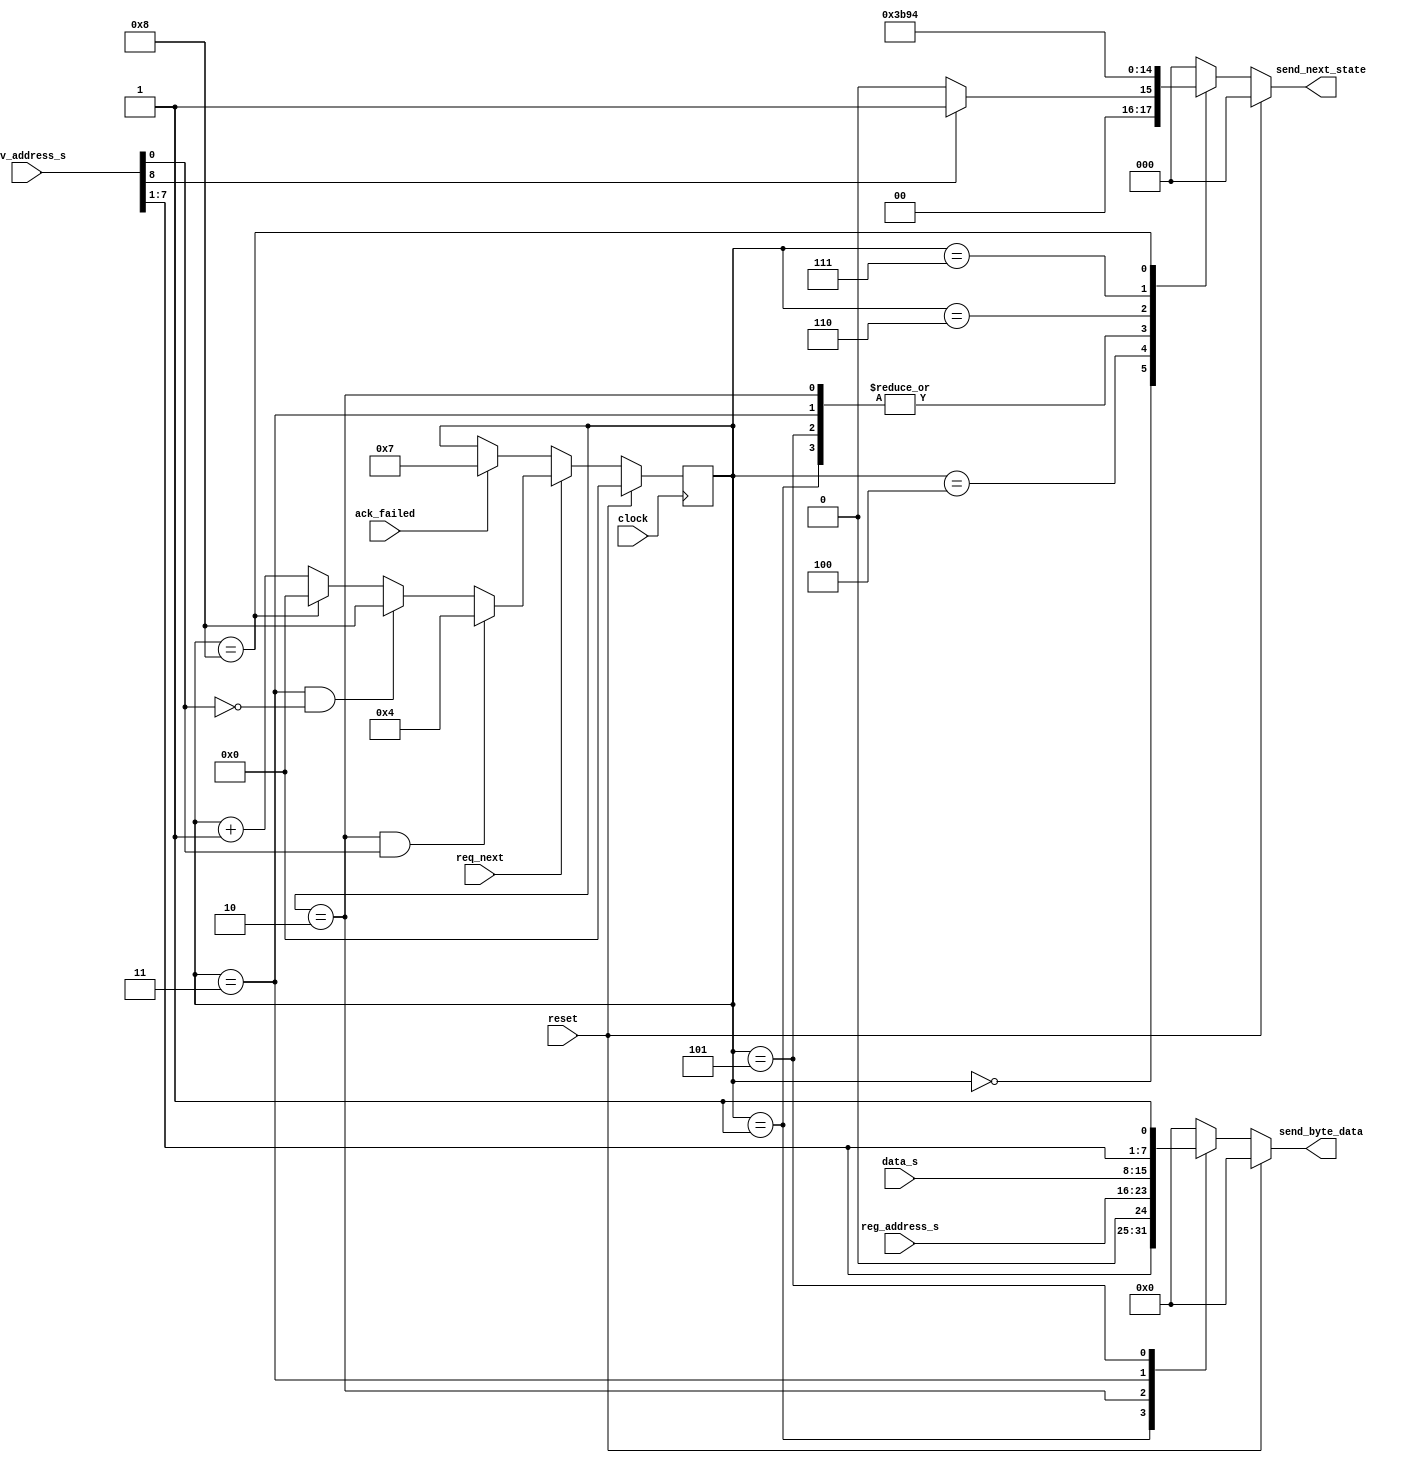
`timescale 1ns / 1ps
//////////////////////////////////////////////////////////////////////////////////
// Company: 
// Engineer: 
// 
// Design Name: 
// Module Name:    I2C_state_controller 
// Project Name: 
// Target Devices: 
// Tool versions: 
// Description: 
//
// Dependencies: 
//
// Revision: 
// Revision 0.01 - File Created
// Additional Comments: 
//
//////////////////////////////////////////////////////////////////////////////////
module I2C_state_controller(
	input				clock,
	input				reset,
	input 				req_next,
	input				ack_failed,
	input [8:0]			dev_address_s,
	input [7:0] 		reg_address_s,
	input [7:0] 		data_s,
	
	output reg [2:0]	send_next_state,
	output reg [7:0]	send_byte_data);
	 
	parameter get_state		= 3'd0;
	parameter start	 		= 3'd1;
	parameter send_one	 	= 3'd2;
	parameter repeat_start	= 3'd3;
	parameter stop	 		= 3'd4;
	parameter send_byte		= 3'd5;
	parameter receive_byte	= 3'd6;

	reg [3:0] state_list;
	
	always@ (reset, state_list, dev_address_s[8], reg_address_s, data_s)
	begin
		if (reset)
			begin
				send_byte_data = 0;
				send_next_state = 0;
			end
			
		else
			case (state_list)
				0 	: if (dev_address_s[8])  												// stay in get state until start signal is sent
						begin send_next_state = start;		send_byte_data = 0; 							end
					else
						begin send_next_state = get_state;	send_byte_data = 0;							end
			
				1 	: begin send_next_state = send_byte; 		send_byte_data = {dev_address_s[7:1], 1'b0}; 	end // send device_address + write bit 0
				
				2 	: begin send_next_state = send_byte; 		send_byte_data = reg_address_s[7:0]; 			end	// send register address 
				
				3 	: begin send_next_state = send_byte;		send_byte_data = data_s[7:0]; 					end	// send data byte
			
				4 	: begin send_next_state = repeat_start;  	send_byte_data = 0;								end	// send repeat start (for read)
			
				5 	: begin send_next_state = send_byte; 		send_byte_data = {dev_address_s[7:1], 1'b1}; 	end // send device_address + read bit 1
					
				6	: begin send_next_state = receive_byte;		send_byte_data = 0;								end	// read byte
			
				7 	: begin send_next_state = send_one;  		send_byte_data = 0;								end	// send NACK back to accelerometer

				8 	: begin send_next_state = stop;				send_byte_data = 0;								end	// send stop bit
			
				default : begin send_next_state = get_state; send_byte_data = 0;								end
			endcase
		end
		
	always@ (posedge clock)
		begin
			if (reset)
				state_list <= 4'd0;
			else
			begin
				if (ack_failed)
					state_list <= 4'd7;	
				if (req_next)
					if (state_list == 4'd2 && dev_address_s[0])				// if this is a read, skip writing byte
						state_list <= 4'd4;
					else if (state_list == 4'd3 && !dev_address_s[0])		// if this is a write, skip repeat start and read
						state_list <= 4'd8;
					else if (state_list == 4'd8)
						state_list <= 4'd0;
					else
						state_list <= state_list + 1'b1;
			end
		end
	
	
endmodule